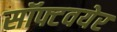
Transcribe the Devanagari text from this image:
सॉफ्टवयेर